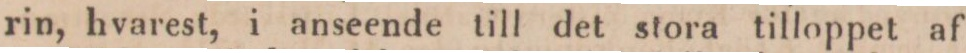
rin, hvarest, i anseende till det stora tilloppet af